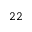
^ { 2 2 }